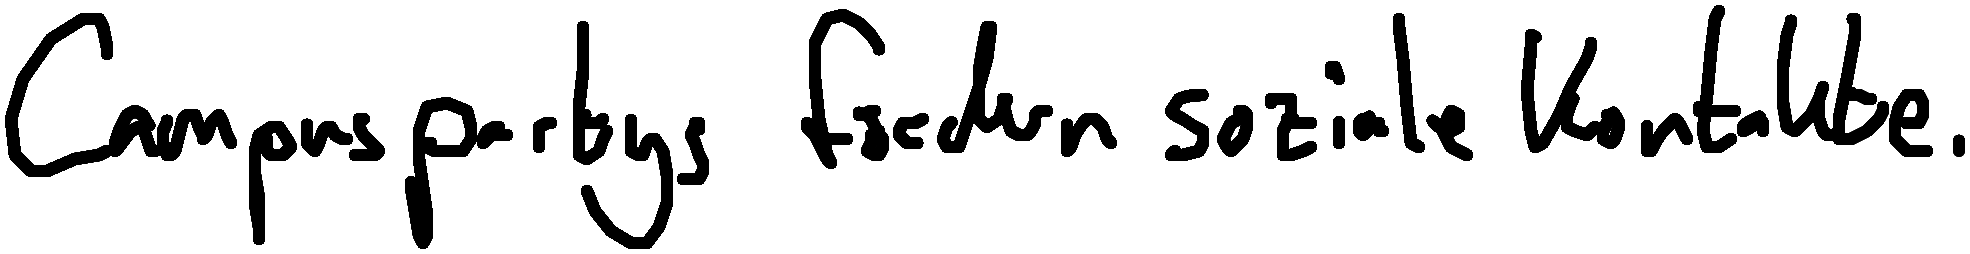
Campuspartys fördern soziale Kontakte.